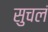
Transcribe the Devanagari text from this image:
सुचलं